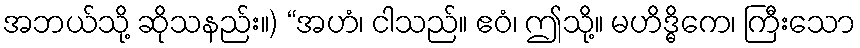
အဘယ်သို့ ဆိုသနည်း။) “အဟံ၊ ငါသည်။ ဧဝံ၊ ဤသို့။ မဟိဒ္ဓိကေ၊ ကြီးသော